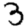
Digit: 3